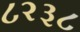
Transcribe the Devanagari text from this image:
८२३८